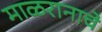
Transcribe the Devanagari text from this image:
माळरानाचे